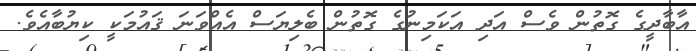
އާބާދީގެ ގޮތުން ވެސް އަދި އަކަމިނުގެ ގޮތުން ބެލިޔަސް އެއްވަނަ ޤައުމަކީ ކިޔުބާއެވެ.